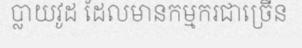
ប្លាយវូដ ដែលមានកម្មករជាច្រើន